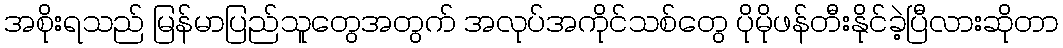
အစိုးရသည် မြန်မာပြည်သူတွေအတွက် အလုပ်အကိုင်သစ်တွေ ပိုမိုဖန်တီးနိုင်ခဲ့ပြီလားဆိုတာ